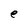
Character: e